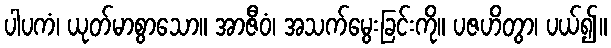
ပါပကံ၊ ယုတ်မာစွာသော။ အာဇီဝံ၊ အသက်မွေးခြင်းကို။ ပဇဟိတွာ၊ ပယ်၍။